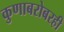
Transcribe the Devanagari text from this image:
कुणाबरोबरही